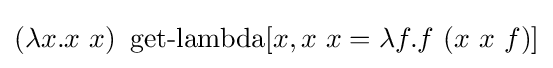
(\lambda x.x\ x)\ \operatorname {get-lambda} [x,x\ x=\lambda f.f\ (x\ x\ f)]